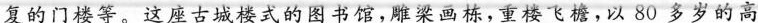
复的门楼等。这座古城楼式的图书馆，雕梁画栋，重楼飞檐，以80多岁的高